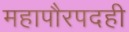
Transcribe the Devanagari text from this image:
महापौरपदही